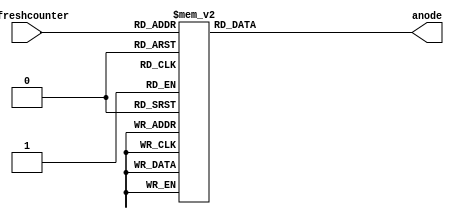
// which block is on
module anode_control(
	input [2:0] refreshcounter,	// iterator
	output reg [7:0] anode = 0		// which block is on
);

always@(refreshcounter)
begin
	case(refreshcounter)
		3'd0:
			anode = 8'b11111110;		// digit 1 ON (right digit)
		3'd1:
			anode = 8'b11111101;		// digit 2 ON 
		3'd2:
			anode = 8'b11111011;		// digit 3 ON 
		3'd3:
			anode = 8'b11110111;		// digit 4 ON 
		3'd4:
			anode = 8'b11101111;		// digit 5 ON 
		3'd5:
			anode = 8'b11011111;		// digit 6 ON 
		3'd6:
			anode = 8'b10111111;		// digit 7 ON 
		3'd7:
			anode = 8'b01111111;		// digit 8 ON (left digit)
	endcase
end

endmodule